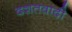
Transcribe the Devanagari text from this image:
दशतवादी